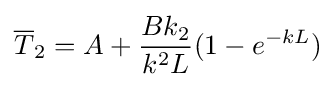
{\overline {T}}_{2}=A+{\frac {Bk_{2}}{k^{2}L}}(1-e^{-kL})